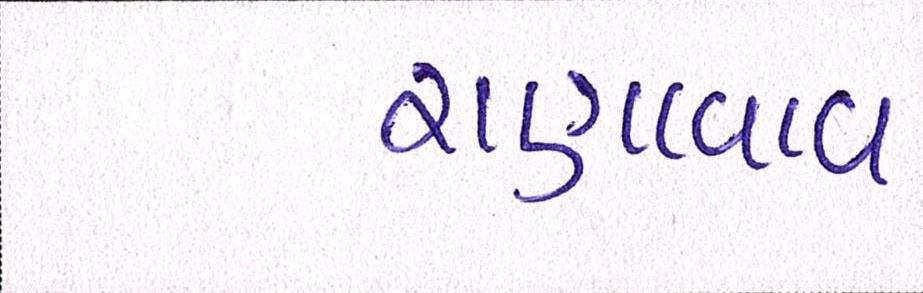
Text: રાણાવાવ